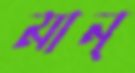
মান্